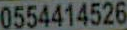
0554414526